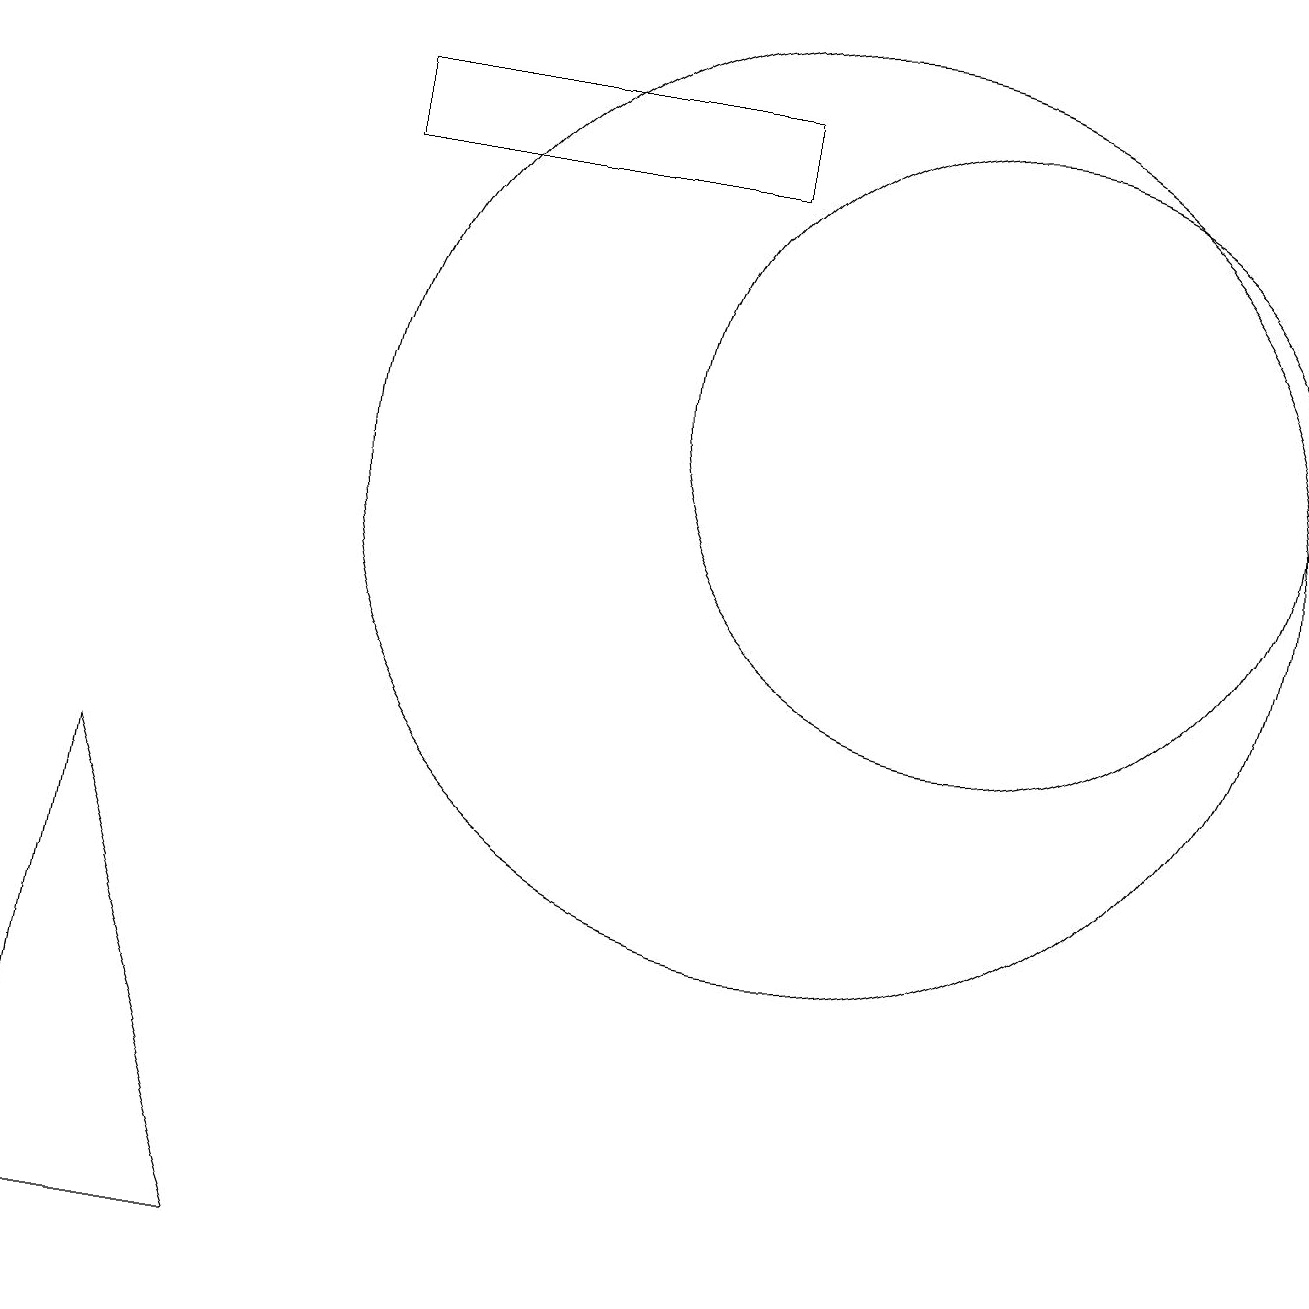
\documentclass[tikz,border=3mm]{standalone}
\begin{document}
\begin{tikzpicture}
\draw (10,10) circle (6);
\draw (4,15) rectangle (9,14);
\draw (12,11) circle (4);
\draw (0,0) -- (3,0) -- (1,6) -- cycle;
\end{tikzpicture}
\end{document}